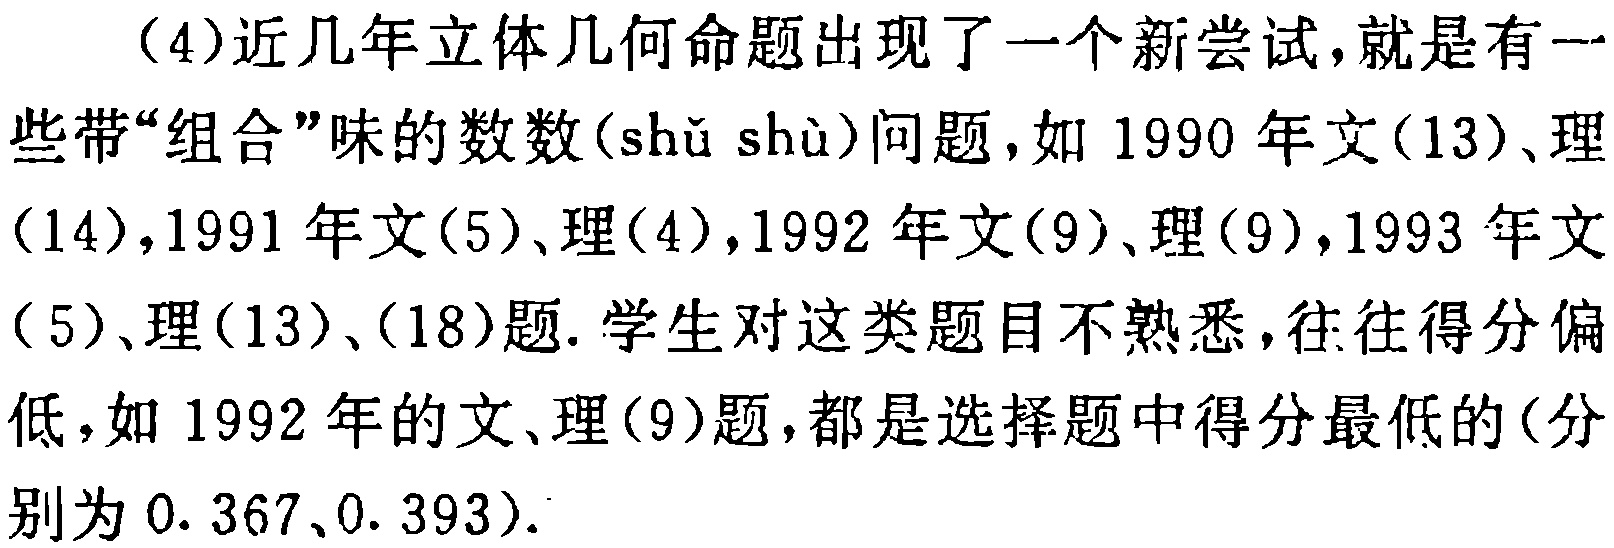
（4）近几年立体几何命题出现了一个新尝试，就是有一些带“组合”味的数数(\(shǔ shù\))问题，如 1990 年文(13)、理(14)，1991 年文(5)、理(4)，1992 年文(9)、理(9)，1993 年文(5)、理(13)、(18)题. 学生对这类题目不熟悉，往往得分偏低，如 1992 年的文、理(9)题，都是选择题中得分最低的(分别为 \(0.367\)、\(0.393\)).